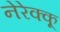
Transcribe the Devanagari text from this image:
नेरेक्कू